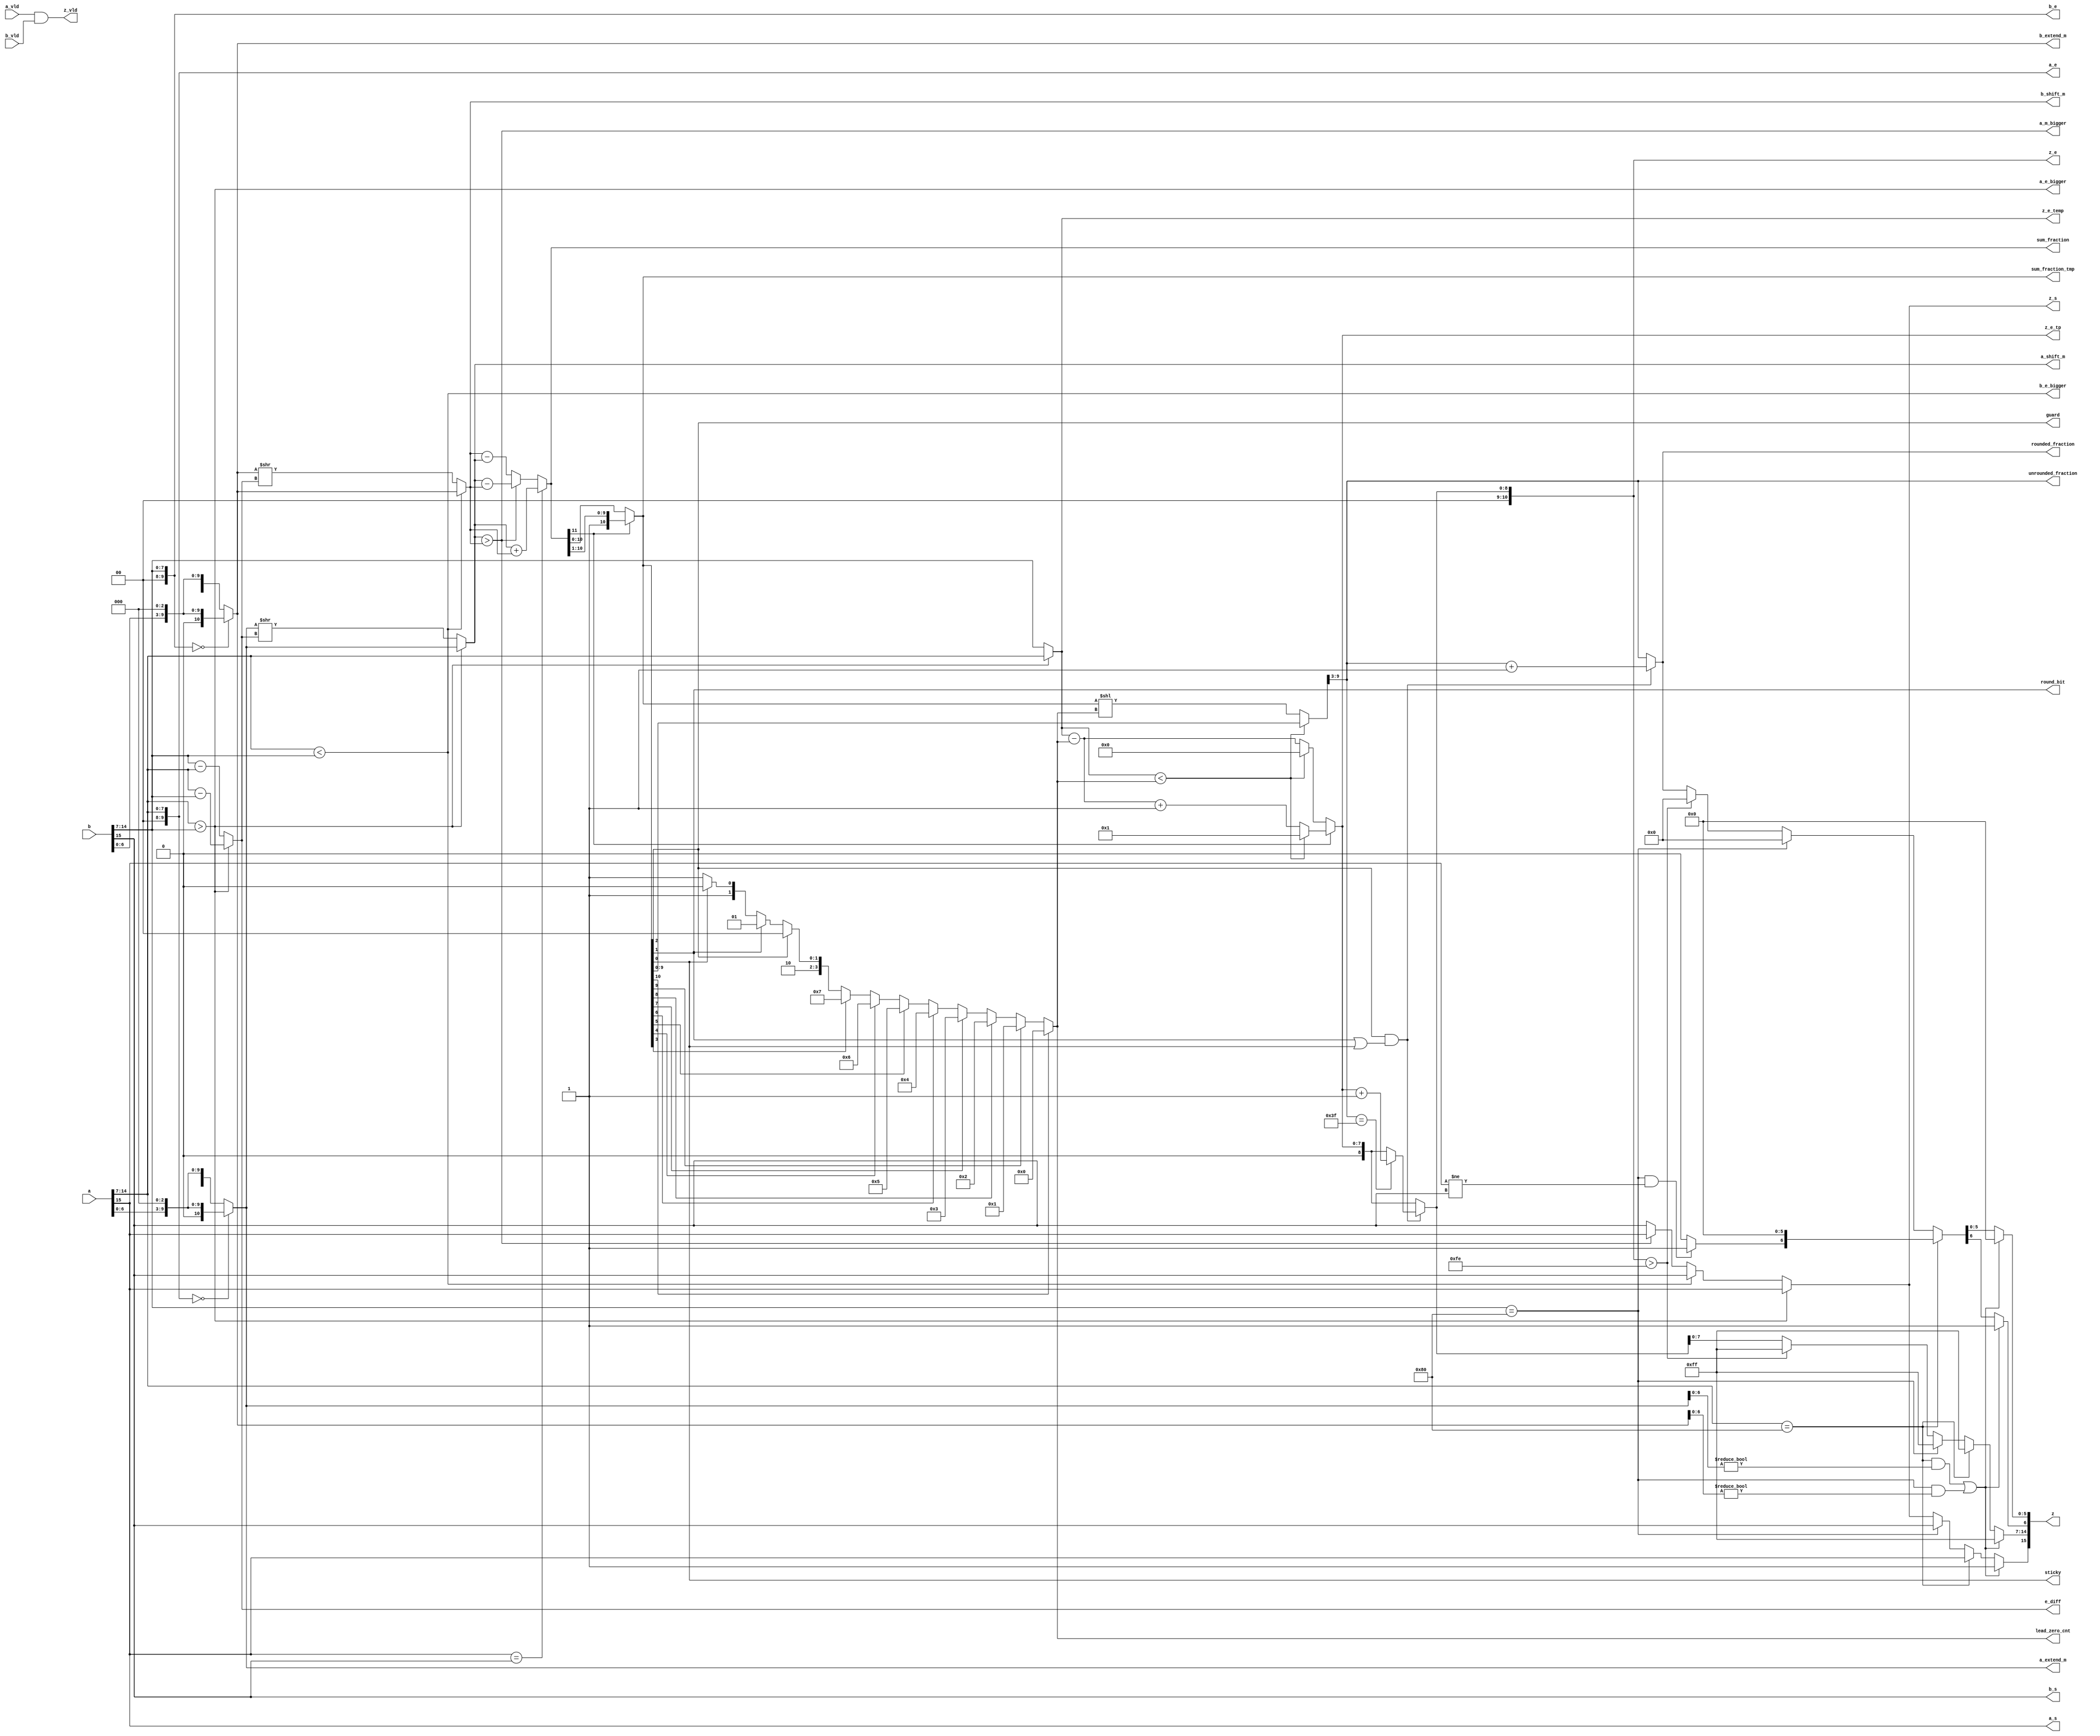
`timescale 1ns / 1ps
//combinational logic
module bf16_adder1(     
        input [15:0] a, 
        input a_vld,
        
        input [15:0] b,
        input b_vld,
        
        output reg [15:0] z,
        output z_vld
        
   //debug
   ,
   output  wire a_s,
   output  wire b_s,
   output  wire z_s,
   output  wire [9:0] a_e, b_e,
   output  wire [10:0] a_extend_m, b_extend_m,
   output  wire [10:0] a_shift_m, b_shift_m,
   output  wire a_e_bigger, b_e_bigger, a_m_bigger,
   output  wire [7:0] e_diff,
   output  wire [7:0] z_e_temp, //z_e before normalization
   output  reg [7:0] z_e_tp, //z_e before round
   output  reg [10:0] z_e,
   output  wire [11:0] sum_fraction,
   output  reg [10:0] sum_fraction_tmp,
   output  wire [6:0] unrounded_fraction,
   output  reg [6:0] rounded_fraction,
   output  wire [3:0] lead_zero_cnt,
   output  reg guard,
   output  reg round_bit, 
   output  reg sticky
    );
    

//wire a_s;
//wire b_s;
//wire z_s;
//wire [9:0] a_e, b_e;
//wire [10:0] a_extend_m, b_extend_m;
//wire [10:0] a_shift_m, b_shift_m;
//wire a_e_bigger, b_e_bigger, a_m_bigger;
//wire [7:0] e_diff;
//wire [7:0] z_e_temp;
////z_e before normalization;
//reg [7:0] z_e_tp;
////z_e before round;
//reg [10:0] z_e;
//wire [11:0] sum_fraction;
//reg [10:0] sum_fraction_tmp;
//wire [6:0] unrounded_fraction;
//reg [6:0] rounded_fraction;
//wire [3:0] lead_zero_cnt;
//reg guard;
//reg round_bit;
//reg sticky;
wire new_sub;
assign z_vld = a_vld & b_vld;

wire [10:0] middle_fraction;


/*--------------------- step0: handle subnormal case for mantissa ---------------------------*/
    assign a_s = a[15];  //0
    assign b_s = b[15];  //0
    assign a_e = a[14:7];  //0
    assign b_e = b[14:7];  //0
    assign a_extend_m = (a_e == 8'd0) ? {1'b0, a[6:0], 3'd0} : {1'b1, a[6:0], 3'd0};  //0
    assign b_extend_m = (b_e == 8'd0) ? {1'b0, b[6:0], 3'd0} : {1'b1, b[6:0], 3'd0};  //0

/*------------------ step1: compare exponent, shift mantissa ------------------*/
//handle exponent
    assign a_e_bigger = (a_e > b_e);
    assign b_e_bigger = (a_e < b_e); //in case of equal
    assign z_e_temp = (a_e_bigger) ? a_e : b_e; //0
    assign e_diff = (a_e_bigger) ? (a_e - b_e) : (b_e - a_e);//0

//shift the mantissa of the smaller number
    assign a_shift_m = (a_e_bigger) ? a_extend_m : (a_extend_m >> e_diff);
    assign b_shift_m = (b_e_bigger) ? b_extend_m : (b_extend_m >> e_diff);
    assign a_m_bigger = a_shift_m > b_shift_m;
/*-------------- step2: add mantissa, handle carry and lead zero ------------------*/
    assign z_s = a_e_bigger ? a_s
                    : b_e_bigger ? b_s
                    : a_m_bigger ? a_s
                    : b_s;
                    
    assign sum_fraction = (a_s == b_s) ? (a_shift_m + b_shift_m) 
                      : a_m_bigger ? (a_shift_m - b_shift_m)
                      : (b_shift_m - a_shift_m);
    assign lead_zero_cnt = (sum_fraction_tmp[10] == 1) ? 0
                    : (sum_fraction_tmp[9] == 1) ? 1
                    : (sum_fraction_tmp[8] == 1) ? 2
                    : (sum_fraction_tmp[7] == 1) ? 3
                    : (sum_fraction_tmp[6] == 1) ? 4
                    : (sum_fraction_tmp[5] == 1) ? 5
                    : (sum_fraction_tmp[4] == 1) ? 6
                    : (sum_fraction_tmp[3] == 1) ? 7
                    : (sum_fraction_tmp[2] == 1) ? 8
                    : (sum_fraction_tmp[1] == 1) ? 9
                    : (sum_fraction_tmp[0] == 1) ? 10
                    : 11;
    assign new_sub = z_e_temp < lead_zero_cnt;
    assign middle_fraction = new_sub? sum_fraction_tmp : (sum_fraction_tmp << lead_zero_cnt);
    assign unrounded_fraction = middle_fraction[9:3];

always @(*) begin
    guard = sum_fraction_tmp[2];
    round_bit = sum_fraction_tmp[1];
    sticky = sum_fraction_tmp[0];
    if(sum_fraction[11])begin
        sum_fraction_tmp = sum_fraction >> 1;
        z_e_tp = new_sub? 1 : (z_e_temp - lead_zero_cnt + 1);
    end else begin
        sum_fraction_tmp = sum_fraction;
        z_e_tp = new_sub? 0: (z_e_temp - lead_zero_cnt);
    end

    //round
//    if (guard && (round_bit | sticky | unrounded_fraction[0])) begin
    if (guard && (round_bit | sticky)) begin
      rounded_fraction = unrounded_fraction + 1;
      if (unrounded_fraction == 6'b111111) begin
        z_e = z_e_tp + 1;
      end else begin
        z_e = z_e_tp;
      end
    end else begin
        rounded_fraction = unrounded_fraction;
        z_e = z_e_tp;
    end
  end

/*------------------ step3: handle special cases ------------------*/

always @(*) begin
    //if a is NaN or b is NaN return NaN 
    if ((a_e == 128 && a_extend_m[6:0] != 0) || (b_e == 128 && b_extend_m[6:0] != 0)) begin
        z[15] = 1;
        z[14:7] = 255;
        z[6] = 1;
        z[5:0] = 0;
    //if a is inf 
    end else if (a_e == 128) begin
        z[15] = a_s;
        z[14:7] = 255;
        //if a is inf and signs don't match return nan
        if ((b_e == 128) && (a_s != b_s)) begin
            z[6] = 1;
            z[5:0] = 0;
        //if a is inf and signs match return inf
        end else begin
            z[6:0] = 0;
        end
    //if b is inf
    end else if (b_e == 128) begin
        z[15] = b_s;
        z[14:7] = 255;
        z[6:0] = 0;
    end else begin
        z[15] = z_s;
        //if overflow occurs, return inf
        if (z_e > 254) begin
          z[6 : 0] = 0;
          z[14 : 7] = 255;
        end else begin
          z[6 : 0] = rounded_fraction;
          z[14 : 7] = z_e[7:0];
        end
    end
end


endmodule


    // //both zero
    // end else if ((($signed(a_e) == -127) && (a_m == 0)) && (($signed(b_e) == -127) && (b_m == 0))) begin
    //     z[15] = a_s & b_s;
    //     z[14:0] = b[14:0];
    // //if b is zero return a
    // end else if (($signed(b_e) == -127) && (b_m == 0)) begin
    //     z = a;
    // //if a is zero return b
    // end else if (($signed(a_e) == -127) && (a_m == 0)) begin
    //     z = b;